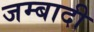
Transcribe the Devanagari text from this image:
जम्बादी